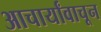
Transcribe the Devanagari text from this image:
आचार्यांवाचून